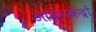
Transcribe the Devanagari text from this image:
आवेगकेंद्रों